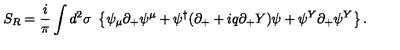
S _ { R } = \frac i { \pi } \int d ^ { 2 } \sigma \ \left\{ \psi _ { \mu } \partial _ { + } \psi ^ { \mu } + \psi ^ { \dag } ( \partial _ { + } + i q \partial _ { + } Y ) \psi + \psi ^ { Y } \partial _ { + } \psi ^ { Y } \right\} .